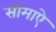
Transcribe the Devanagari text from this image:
सीमाऐ